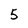
Character: 5